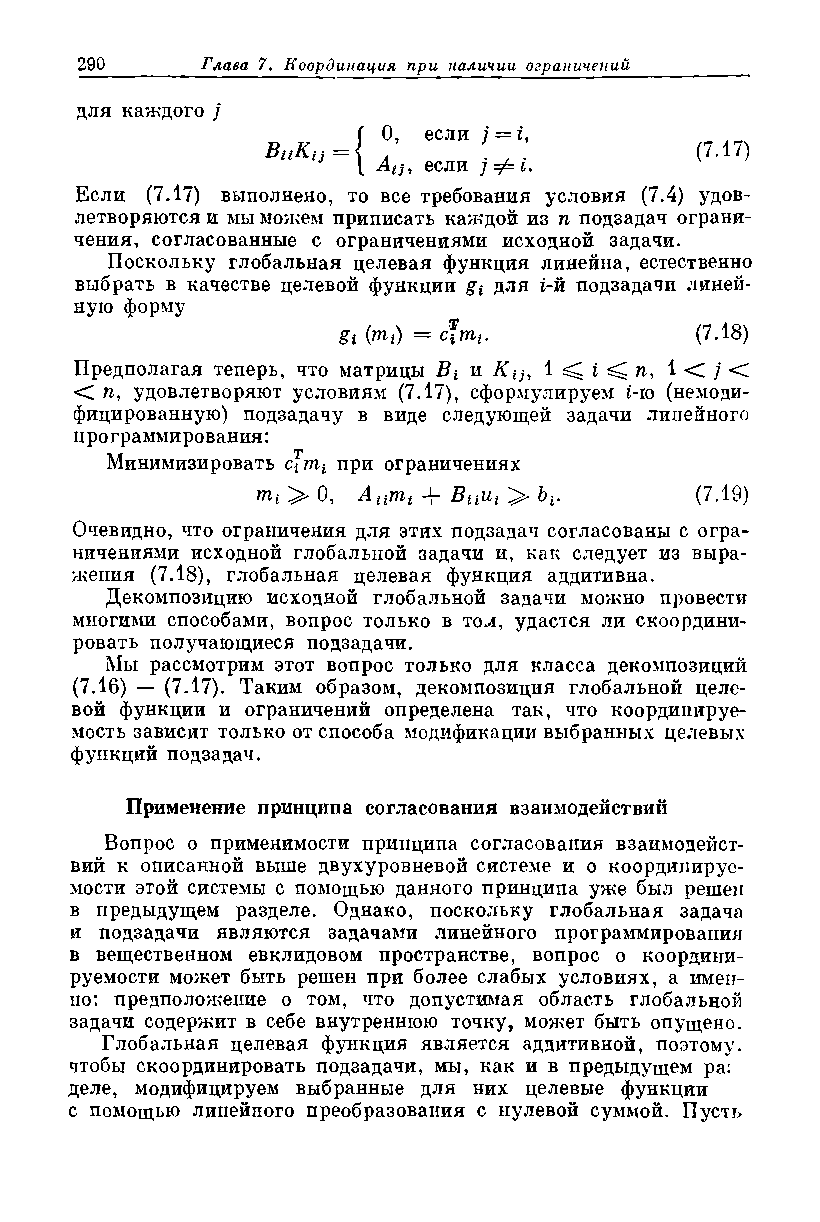
для каждого j
 0, если / = г,
 BttKi}                      (7.17)
 Aiji если у* i.
 Если (7.17) выполнено, то все требования условия (7.4) удов­
 летворяются и мы можем приписать каждой из п подзадач ограни­
 чения, согласованные с ограничениями исходной задачи.
 Поскольку глобальная целевая функция линейна, естественно
 выбрать в качестве целевой функции gi для i-й подзадачи линей­
 ную форму
 gi (m;) = c*mt.         (7.18)
 Предполагая теперь, что матрицы Вь и Ktj, i ^ i ^ п, 1 < 7 С
 < п, удовлетворяют условиям (7.17), сформулируем i-io (немоди-
 фицированную) подзадачу в виде следующей задачи линейного
 программирования:
 Минимизировать cfm* при ограничениях
 mt > 0, Ацгпг + Вцщ > Ьг.    (7.19)
 Очевидно, что ограничения для этих подзадач согласованы с огра­
 ничениями исходной глобальной задачи и, как следует из выра­
 жения (7.18), глобальная целевая функция аддитивна.
 Декомпозицию исходной глобальной задачи можно провести
 многими способами, вопрос только в том, удастся ли скоордини­
 ровать получающиеся подзадачи.
 Мы рассмотрим этот вопрос только для класса декомпозиций
 (7.16) — (7.17). Таким образом, декомпозиция глобальной целе­
 вой функции и ограничений определена так, что коордипируе-
 мость зависит только от способа модификации выбранных целевых
 функций подзадач.
 Применение принципа согласования взаимодействий
 Вопрос о применимости принципа согласования взаимодейст­
 вий к описанной выше двухуровневой системе и о координируе­
 мое™ этой системы с помощью данного принципа уже был решен
 в предыдущем разделе. Однако, поскольку глобальная задача
 и подзадачи являются задачами линейного программирования
 в вещественном евклидовом пространстве, вопрос о координи­
 руемое™ может быть решен при более слабых условиях, а имен­
 но: предположение о том, что допустимая область глобальной
 задачи содержит в себе внутреннюю точку, может быть опущено.
 Глобальная целевая функция является аддитивной, поэтому,
 чтобы скоординировать подзадачи, мы, как и в предыдущем ра;
 деле, модифицируем выбранные для них целевые функции
 с помощью липейпого преобразования с нулевой суммой. Пусть